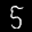
Label: 5